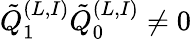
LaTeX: \tilde{Q}_{1}^{(L,I)}\tilde{Q}_{0}^{(L,I)}\neq 0\,